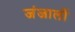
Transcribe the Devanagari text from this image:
जंजालों